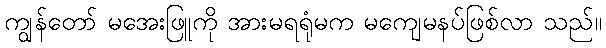
ကျွန်တော် မအေးဖြူကို အားမရရုံမက မကျေမနပ်ဖြစ်လာ သည်။